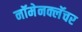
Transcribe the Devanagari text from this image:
नॉमेनक्लॅचर